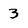
Character: 3